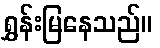
ရွှန်းမြနေသည်။